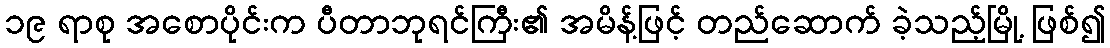
၁၉ ရာစု အစောပိုင်းက ပီတာဘုရင်ကြီး၏ အမိန့်ဖြင့် တည်ဆောက် ခဲ့သည့်မြို့ ဖြစ်၍